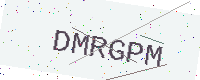
Text: DMRGPM